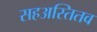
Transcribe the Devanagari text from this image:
सहअस्तितव